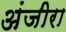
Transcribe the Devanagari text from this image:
अंजीरा